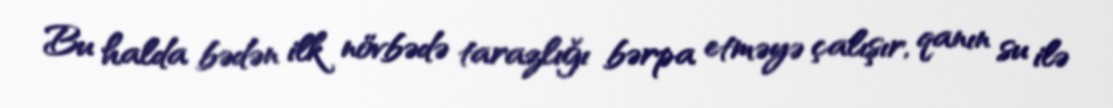
Bu halda bədən ilk növbədə tarazlığı bərpa etməyə çalışır, qanın su ilə